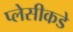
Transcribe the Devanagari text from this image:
प्लेसीकडे